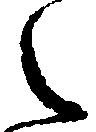
之